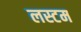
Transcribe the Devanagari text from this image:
लस्टम